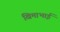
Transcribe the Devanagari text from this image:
खिमाभाई